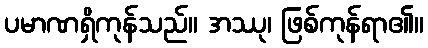
ပမာဏရှိကုန်သည်။ အဿု၊ ဖြစ်ကုန်ရာ၏။